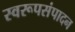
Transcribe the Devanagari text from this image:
स्वरूपसंपादन